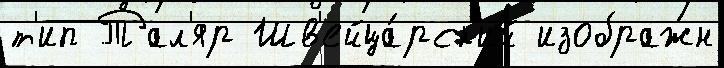
т'ип Тал'яр Шв'ейца́рск'ий изображ́н